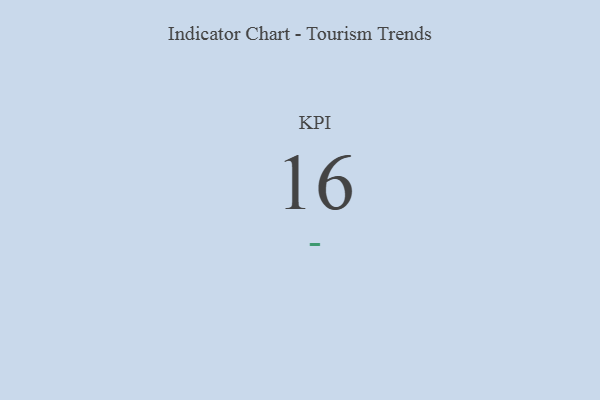
{"axis": {"x": "KPI", "y": "Value"}, "legend": [""], "data": [{"x": "KPI", "y": 16, "type": ""}]}